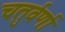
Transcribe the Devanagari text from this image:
चतुर्वर्णा